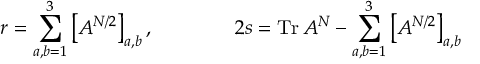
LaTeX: r = \sum _ { a , b = 1 } ^ { 3 } \left[ A ^ { N / 2 } \right] _ { a , b } , \qquad \qquad 2 s = \mathrm { T r } \, A ^ { N } - \sum _ { a , b = 1 } ^ { 3 } \left[ A ^ { N / 2 } \right] _ { a , b }